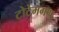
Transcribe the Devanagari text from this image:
टोटेमगण